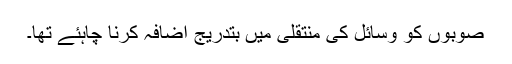
صوبوں کو وسائل کی منتقلی میں بتدریج اضافہ کرنا چاہئے تھا۔